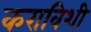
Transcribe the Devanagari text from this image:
कराविशी